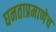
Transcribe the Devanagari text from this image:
घनताप्रमाणेच